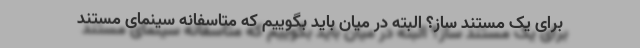
برای یک مستند ساز؟ البته در میان باید بگوییم که متاسفانه سینمای مستند